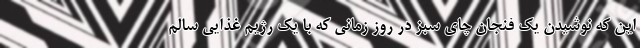
این که نوشیدن یک فنجان چای سبز در روز زمانی که با یک رژیم غذایی سالم